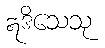
ဣဒိသေသု